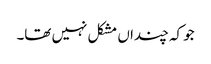
جو کہ چنداں مشکل نہیں تھا۔